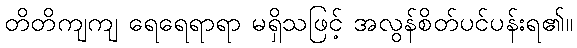
တိတိကျကျ ရေရေရာရာ မရှိသဖြင့် အလွန်စိတ်ပင်ပန်းရ၏။